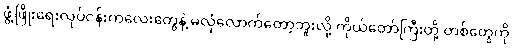
ဖွံ့ဖြိုးရေးလုပ်ငန်းကလေးတွေနဲ့ မလုံလောက်တော့ဘူးလို့ ကိုယ်တော်ကြီးတို့ တစ်တွေကို